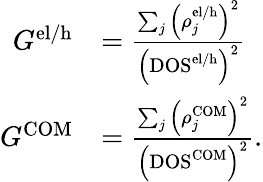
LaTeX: \begin{array}{rl}{G^{\mathrm{el/h}}}&{=\frac{\sum_{j}\left(\rho_{j}^{\mathrm{el/h}}\right)^{2}}{\left(\mathrm{DOS}^{\mathrm{el/h}}\right)^{2}}}\\ {G^{\mathrm{COM}}}&{=\frac{\sum_{j}\left(\rho_{j}^{\mathrm{COM}}\right)^{2}}{\left(\mathrm{DOS}^{\mathrm{COM}}\right)^{2}}.}\end{array}